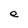
Character: e